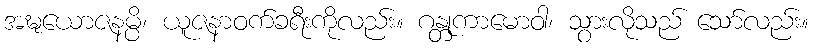
အဍ္ဎယောဇနမ္ပိ၊ ယူဇနာဝက်ခရီးကိုလည်း။ ဂန္တုကာမောဝါ၊ သွားလိုသည် သော်လည်း။